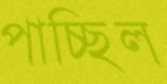
পাচ্ছিল